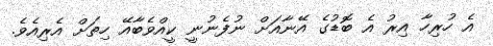
އެ ހުރިހާ އިރު އެ ބޮޑުގެ އޭނާއަށް ނުފެނުނީ ކީއްވެބާއޭ ހިތަށް އެރިއެވެ.